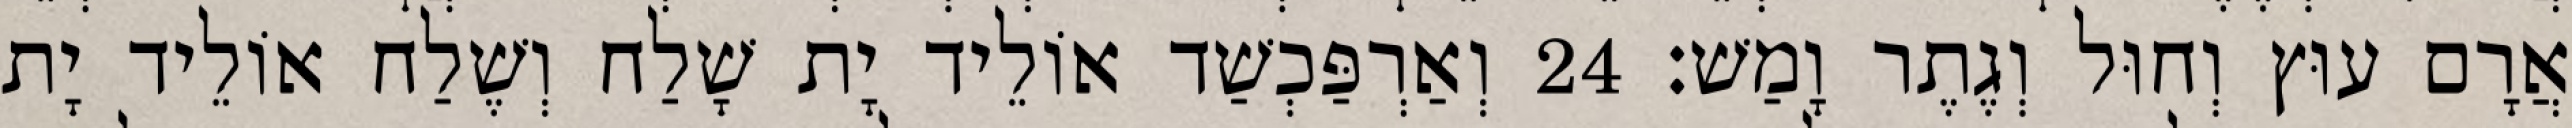
אֲרָם עוּץ וְחוּל וְגֶתֶר וָמַשׁ׃ 24 וְאַרְפַּכְשַׁד אוֹלֵיד יָת שָׁלַח וְשֶׁלַח אוֹלֵיד יָת